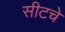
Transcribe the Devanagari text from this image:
सीटचे